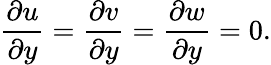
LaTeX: \frac{\partial u}{\partial y}=\frac{\partial v}{\partial y}=\frac{\partial w}{\partial y}=0.